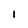
Character: l